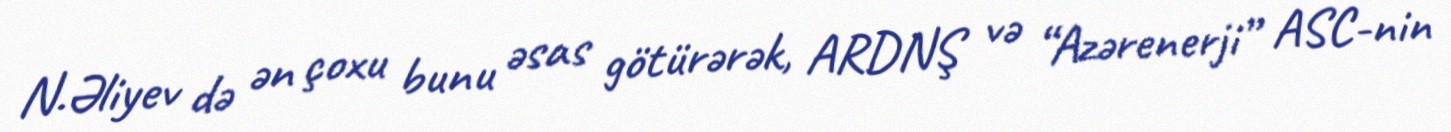
N.Əliyev də ən çoxu bunu əsas götürərək, ARDNŞ və “Azərenerji” ASC-nin